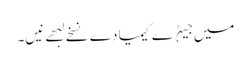
میں جیہڑے کیمیا دے نسخے لبھے نیں۔